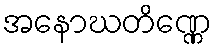
အနောဃတိဏ္ဏေ